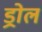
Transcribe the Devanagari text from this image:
ड्रोल